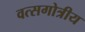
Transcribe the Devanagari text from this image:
वत्सगोत्रीय